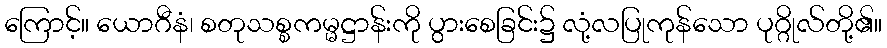
ကြောင့်။ ယောဂီနံ၊ စတုသစ္စကမ္မဋ္ဌာန်းကို ပွားစေခြင်း၌ လုံ့လပြုကုန်သော ပုဂ္ဂိုလ်တို့၏။